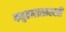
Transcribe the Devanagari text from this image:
कबुतारासारखी